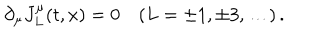
LaTeX: \partial _ { \mu } J _ { L } ^ { \mu } ( t , x ) = 0 \quad ( L = \pm 1 , \pm 3 , \dots ) \, .